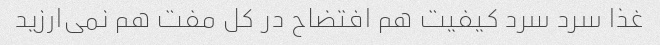
غذا سرد سرد کیفیت هم افتضاح در کل مفت هم نمی‌ارزید